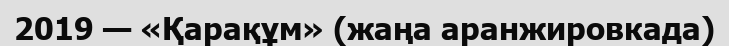
2019 — «Қарақұм» (жаңа аранжировкада)